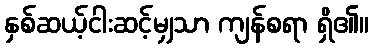
နှစ်ဆယ့်ငါးဆင့်မျှသာ ကျန်စရာ ရှိ၏။